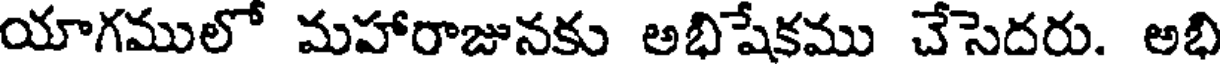
యాగములో మహారాజునకు అభిషేకము చేసెదరు. అభి